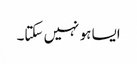
ایسا ہو نہیں سکتا۔